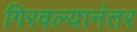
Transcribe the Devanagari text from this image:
गिरवल्यानंतर